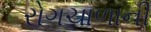
રોગચાળાની